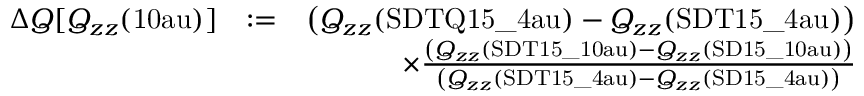
\begin{array} { r l r } { \Delta Q [ Q _ { z z } ( \mathrm { { 1 0 a u } } ) ] } & { : = } & { \left( Q _ { z z } ( { \mathrm { S D T Q 1 5 \_ 4 a u } } ) - Q _ { z z } ( \mathrm { { S D T 1 5 \_ 4 a u } } ) \right) } \\ & { } & { \times \frac { \left( Q _ { z z } ( { \mathrm { S D T 1 5 \_ 1 0 a u } } ) - Q _ { z z } ( \mathrm { { S D 1 5 \_ 1 0 a u } } ) \right) } { \left( Q _ { z z } ( { \mathrm { S D T 1 5 \_ 4 a u } } ) - Q _ { z z } ( \mathrm { { S D 1 5 \_ 4 a u } } ) \right) } } \end{array}